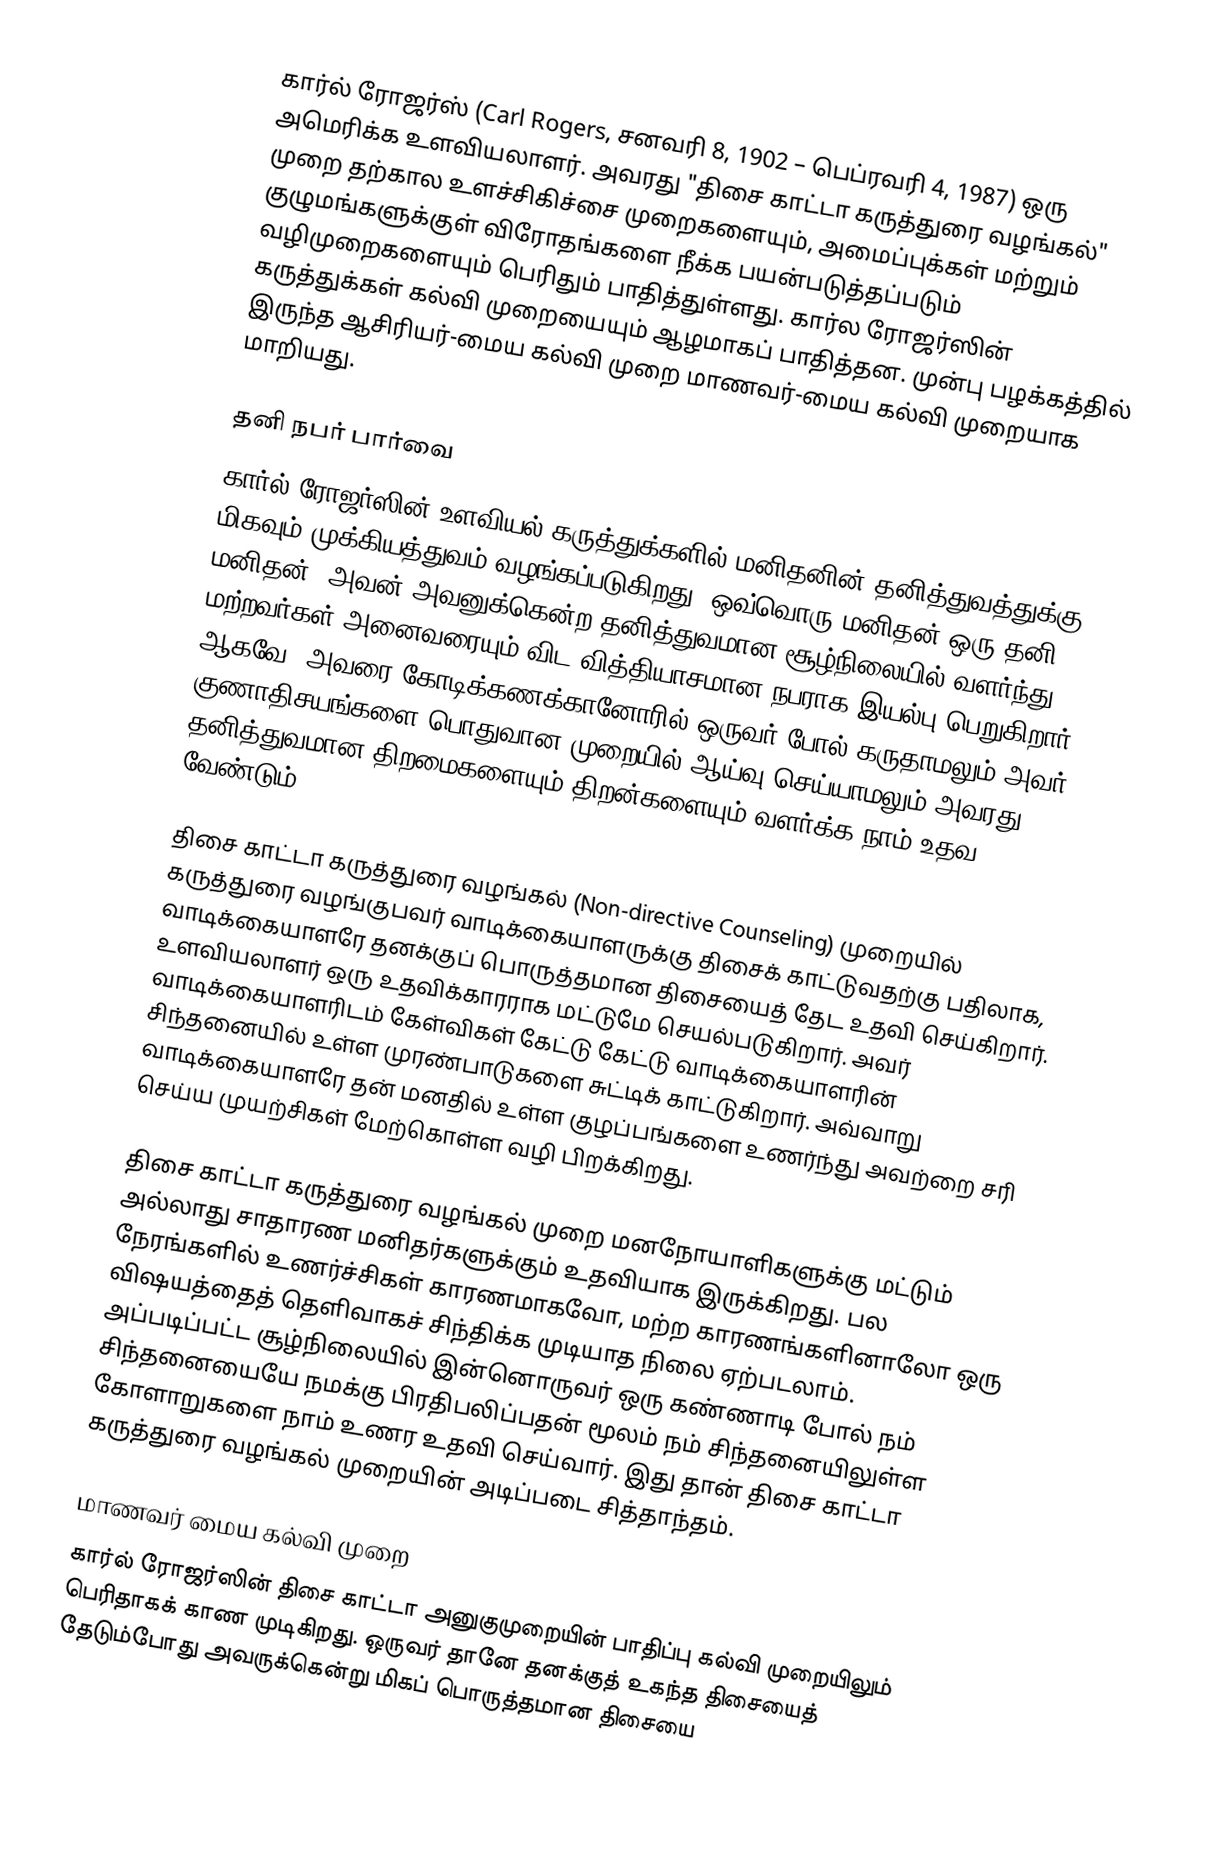
கார்ல் ரோஜர்ஸ் (Carl Rogers, சனவரி 8, 1902 – பெப்ரவரி 4, 1987) ஒரு அமெரிக்க உளவியலாளர். அவரது "திசை காட்டா கருத்துரை வழங்கல்" முறை தற்கால உளச்சிகிச்சை முறைகளையும், அமைப்புக்கள் மற்றும் குழுமங்களுக்குள் விரோதங்களை நீக்க பயன்படுத்தப்படும் வழிமுறைகளையும் பெரிதும் பாதித்துள்ளது. கார்ல ரோஜர்ஸின் கருத்துக்கள் கல்வி முறையையும் ஆழமாகப் பாதித்தன. முன்பு பழக்கத்தில் இருந்த ஆசிரியர்-மைய கல்வி முறை மாணவர்-மைய கல்வி முறையாக மாறியது.

தனி நபர் பார்வை
கார்ல் ரோஜர்ஸின் உளவியல் கருத்துக்களில் மனிதனின் தனித்துவத்துக்கு மிகவும் முக்கியத்துவம் வழங்கப்படுகிறது. ஒவ்வொரு மனிதன் ஒரு தனி மனிதன். அவன் அவனுக்கென்ற தனித்துவமான சூழ்நிலையில் வளர்ந்து மற்றவர்கள் அனைவரையும் விட வித்தியாசமான நபராக இயல்பு பெறுகிறார். ஆகவே, அவரை கோடிக்கணக்கானோரில் ஒருவர் போல் கருதாமலும் அவர் குணாதிசயங்களை பொதுவான முறையில் ஆய்வு செய்யாமலும் அவரது தனித்துவமான திறமைகளையும் திறன்களையும் வளர்க்க நாம் உதவ வேண்டும்.

திசை காட்டா கருத்துரை வழங்கல் (Non-directive Counseling) முறையில் கருத்துரை வழங்குபவர் வாடிக்கையாளருக்கு திசைக் காட்டுவதற்கு பதிலாக, வாடிக்கையாளரே தனக்குப் பொருத்தமான திசையைத் தேட உதவி செய்கிறார். உளவியலாளர் ஒரு உதவிக்காரராக மட்டுமே செயல்படுகிறார். அவர் வாடிக்கையாளரிடம் கேள்விகள் கேட்டு கேட்டு வாடிக்கையாளரின் சிந்தனையில் உள்ள முரண்பாடுகளை சுட்டிக் காட்டுகிறார். அவ்வாறு வாடிக்கையாளரே தன் மனதில் உள்ள குழப்பங்களை உணர்ந்து அவற்றை சரி செய்ய முயற்சிகள் மேற்கொள்ள வழி பிறக்கிறது.

திசை காட்டா கருத்துரை வழங்கல் முறை மனநோயாளிகளுக்கு மட்டும் அல்லாது சாதாரண மனிதர்களுக்கும் உதவியாக இருக்கிறது. பல நேரங்களில் உணர்ச்சிகள் காரணமாகவோ, மற்ற காரணங்களினாலோ ஒரு விஷயத்தைத் தெளிவாகச் சிந்திக்க முடியாத நிலை ஏற்படலாம். அப்படிப்பட்ட சூழ்நிலையில் இன்னொருவர் ஒரு கண்ணாடி போல் நம் சிந்தனையையே நமக்கு பிரதிபலிப்பதன் மூலம் நம் சிந்தனையிலுள்ள கோளாறுகளை நாம் உணர உதவி செய்வார். இது தான் திசை காட்டா கருத்துரை வழங்கல் முறையின் அடிப்படை சித்தாந்தம்.

மாணவர் மைய கல்வி முறை
கார்ல் ரோஜர்ஸின் திசை காட்டா அனுகுமுறையின் பாதிப்பு கல்வி முறையிலும் பெரிதாகக் காண முடிகிறது. ஒருவர் தானே தனக்குத் உகந்த திசையைத் தேடும்போது அவருக்கென்று மிகப் பொருத்தமான திசையை